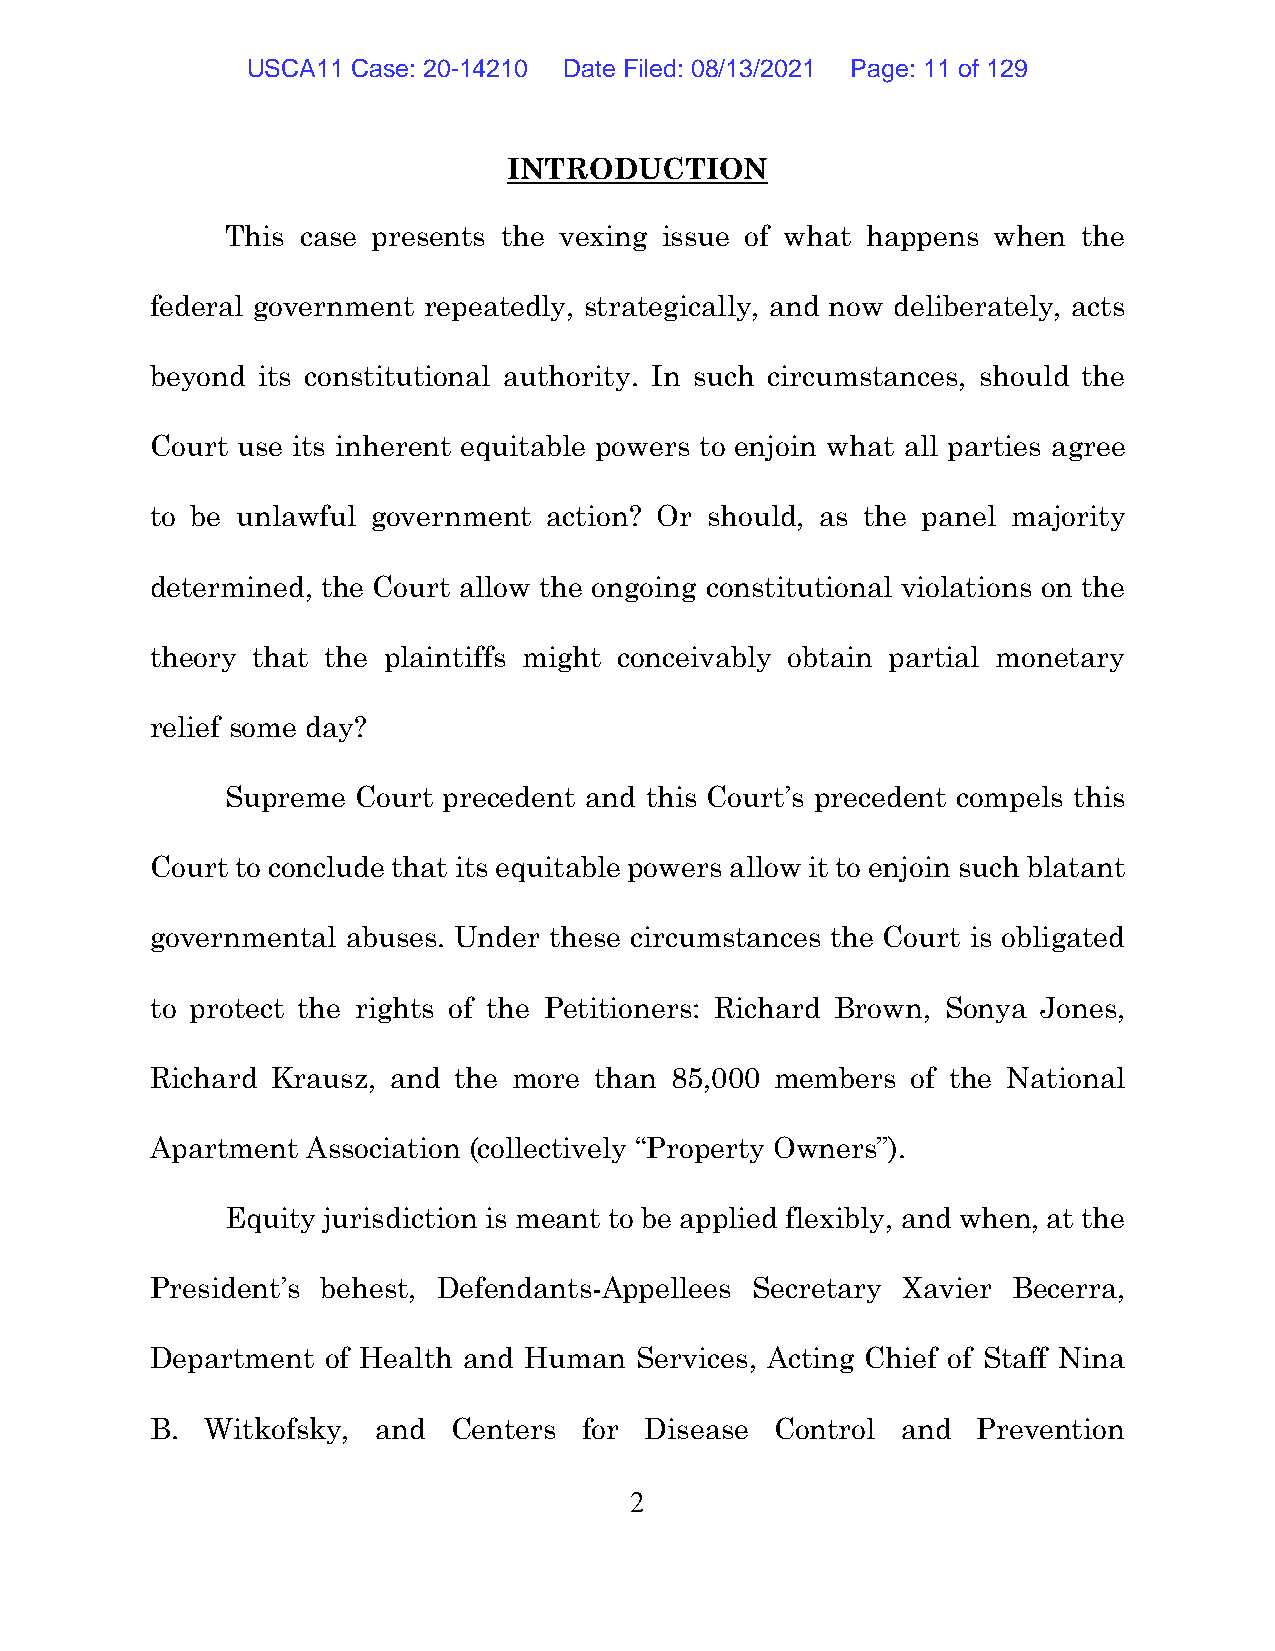
USCA11 Case: 20-14210 Date Filed: 08/13/2021 Page: 11 of 129
 INTRODUCTION
 This case presents the vexing issue of what happens when the
 federal government repeatedly, strategically, and now deliberately, acts
 beyond its constitutional authority. In such circumstances, should the
 Court use its inherent equitable powers to enjoin what all parties agree
 to be unlawful government action? Or should, as the panel majority
 determined, the Court allow the ongoing constitutional violations on the
 theory that the plaintiffs might conceivably obtain partial monetary
 relief some day?
 Supreme  Court precedent and this Court’s precedent compels this
 Court to conclude that its equitable powers allow it to enjoin such blatant
 governmental abuses. Under these circumstances the Court is obligated
 to protect the rights of the Petitioners: Richard Brown, Sonya Jones,
 Richard Krausz, and the more than 85,000 members  of the National
 Apartment Association (collectively “Property Owners”).
 Equity jurisdiction is meant to be applied flexibly, and when, at the
 President’s behest, Defendants-Appellees Secretary Xavier Becerra,
 Department  of Health and Human Services, Acting Chief of Staff Nina
 B.  Witkofsky, and  Centers  for Disease Control  and  Prevention
 2